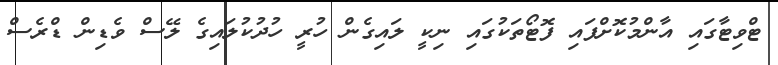
ޓްވިޓާގައި އާންމުކޮށްފައި ފޮޓޯތަކުގައި ނިކީ ލައިގެން ހުރީ ހުދުކުލައިގެ ލޭސް ވެޑިން ޑްރެސް